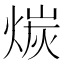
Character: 𪹇